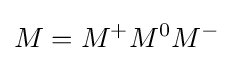
M=M^{+}M^{0}M^{-}